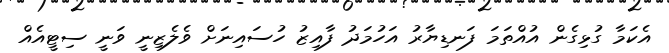
އެކަމާ ގުޅިގެން އުއްތަމަ ފަނޑިޔާރު އަހުމަދު ފާއިޒު ހުސައިނަށް ވެލެޒިނީ ވަނީ ސިޓީއެއް